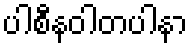
ပါစီနဝါတပါနာ